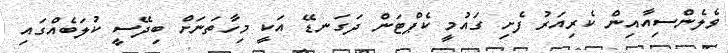
ވެލެންސިއާއިން ކެރިއަރު ފެށި ގައުމީ ކެޕްޓަން ދަގަނޑޭ އަކީ މިހާތަނަށް ބިދޭސީ ކުލަބެއްގައި